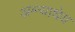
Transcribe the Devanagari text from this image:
अग्न्याधेय